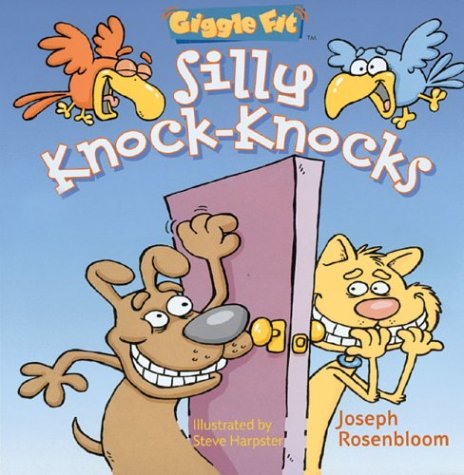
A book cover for Giggle FitÂ®: Silly Knock-Knocks; Joseph Rosenbloom; Humor & Entertainment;